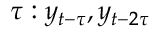
\tau : y _ { t - \tau } , y _ { t - 2 \tau }